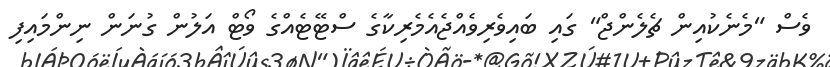
ވެސް "މެނެކުއިން ޗެލެންޖް" ގައި ބައިވެރިވެއްޖެއެމެރިކާގެ ސްޓޭޓެއްގެ ވޯޓް އަލުން ގުނަން ނިންމައިފި